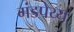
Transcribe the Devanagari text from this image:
मंडपेय्य